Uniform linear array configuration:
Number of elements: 12
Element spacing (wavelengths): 0.75
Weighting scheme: exponential
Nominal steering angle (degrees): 60
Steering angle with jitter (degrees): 59.356
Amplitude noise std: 0.05
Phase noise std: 0.05

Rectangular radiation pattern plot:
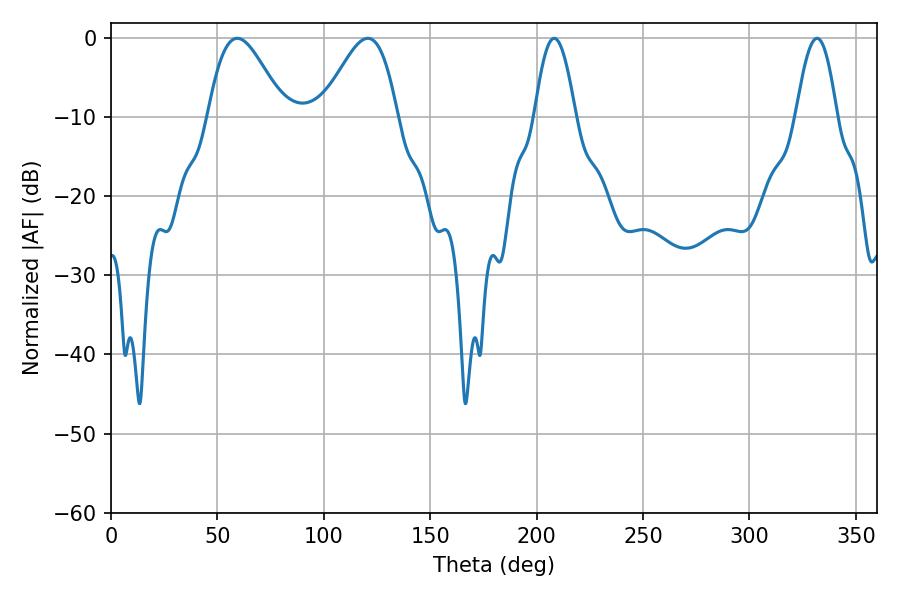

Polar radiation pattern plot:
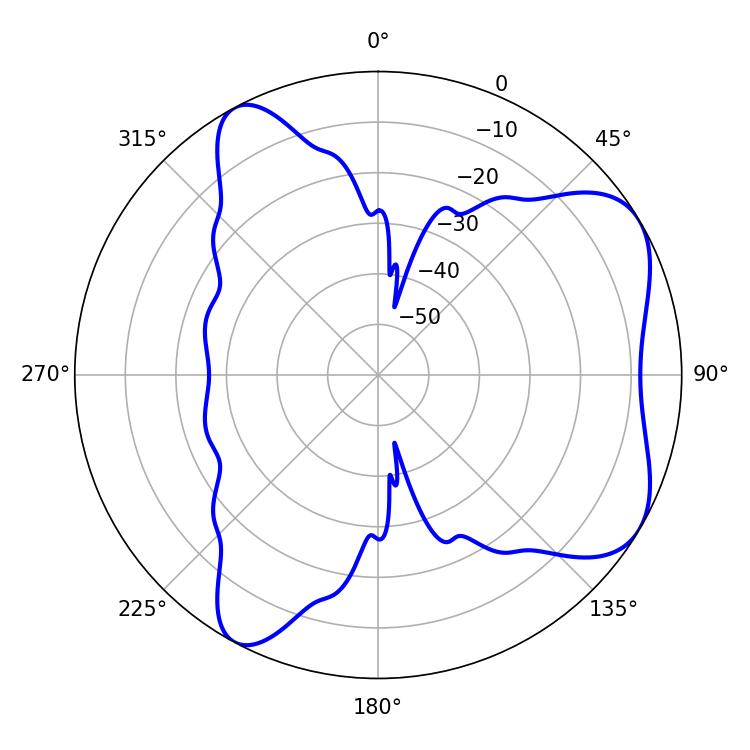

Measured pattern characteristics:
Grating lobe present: TRUE
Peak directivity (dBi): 6.186
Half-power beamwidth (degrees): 10.44
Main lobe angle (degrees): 208.26